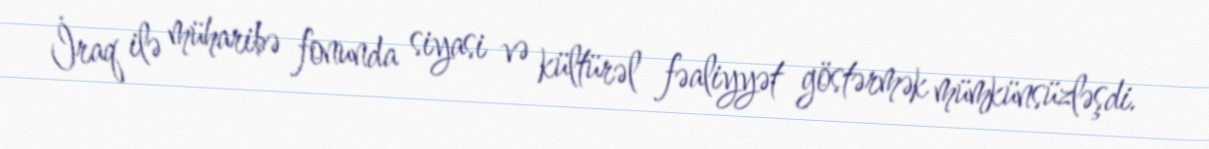
İraq ilə müharibə fonunda siyasi və kültürəl fəaliyyət göstərmək mümkünsüzləşdi.